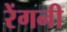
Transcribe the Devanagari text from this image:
रेंगनी